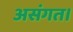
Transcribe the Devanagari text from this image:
असंगत।